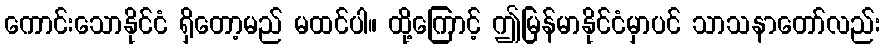
ကောင်းသောနိုင်ငံ ရှိတော့မည် မထင်ပါ။ ထို့ကြောင့် ဤမြန်မာနိုင်ငံမှာပင် သာသနာတော်လည်း